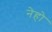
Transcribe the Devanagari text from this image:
नेहो